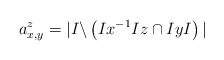
\begin{align*}a^z_{x,y} = | I \backslash \left(I x^{-1} I z \cap I y I\right)|\end{align*}